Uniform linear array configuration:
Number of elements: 16
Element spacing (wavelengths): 0.75
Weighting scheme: hamming
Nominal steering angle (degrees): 15
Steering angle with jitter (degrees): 15.365
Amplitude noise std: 0.05
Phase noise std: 0.05

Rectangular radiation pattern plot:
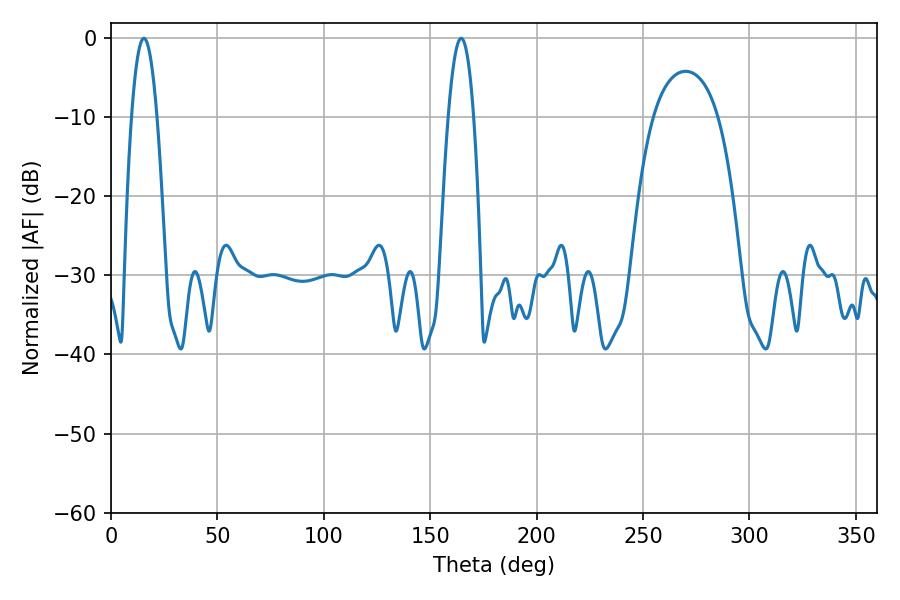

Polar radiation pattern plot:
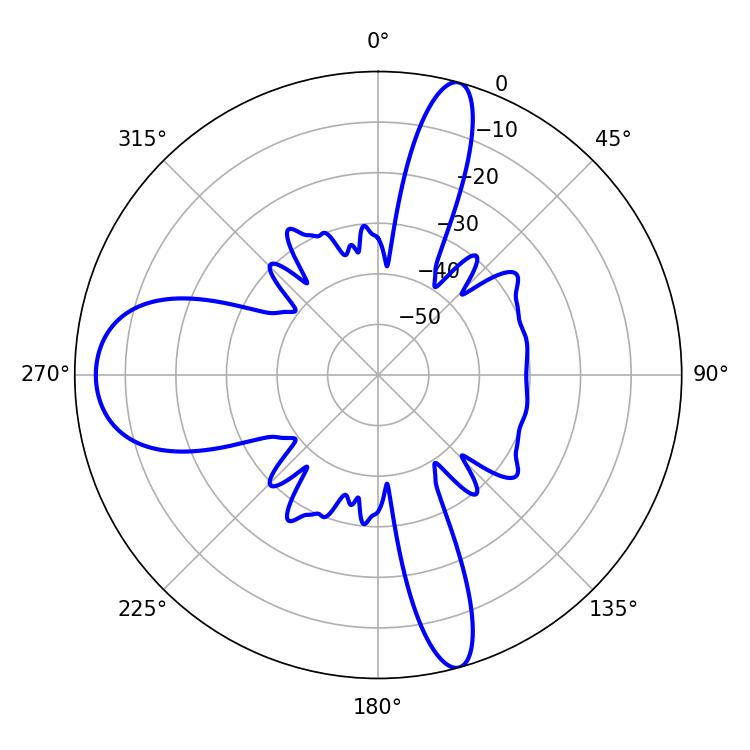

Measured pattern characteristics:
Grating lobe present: TRUE
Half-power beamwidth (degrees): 6.48
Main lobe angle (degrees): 15.48